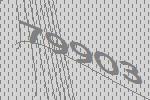
79903